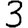
Digit: 3